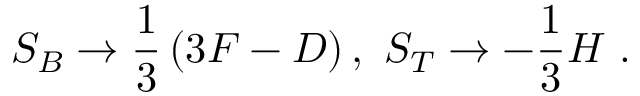
S _ { B } \rightarrow \frac 1 3 \left( 3 F - D \right) , \ S _ { T } \rightarrow - \frac 1 3 H \ .